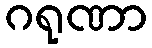
ဂရုဏာ